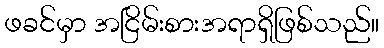
ဖခင်မှာ အငြိမ်းစားအရာရှိဖြစ်သည်။